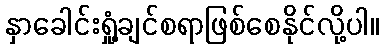
နှာခေါင်းရှုံ့ချင်စရာဖြစ်စေနိုင်လို့ပါ။